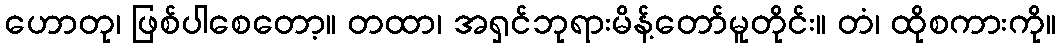
ဟောတု၊ ဖြစ်ပါစေတော့။ တထာ၊ အရှင်ဘုရားမိန့်တော်မူတိုင်း။ တံ၊ ထိုစကားကို။